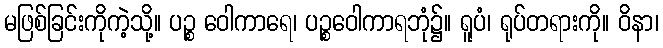
မဖြစ်ခြင်းကိုကဲ့သို့။ ပဉ္စ ဝေါကာရေ၊ ပဉ္စဝေါကာရဘုံ၌။ ရူပံ၊ ရုပ်တရားကို။ ဝိနာ၊